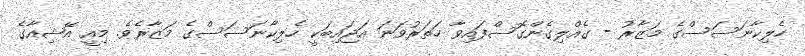
ހެލިކާނަސަސްގެ މަޒާރު - ގެއްލިގެންގޮސްފައިވާ ހަތަރުވަނަ އަޖައިބަކީ ހެލިކާނަސަސްގެ މަޒާރެވެ. މިއީ އޭޝިއާގެ